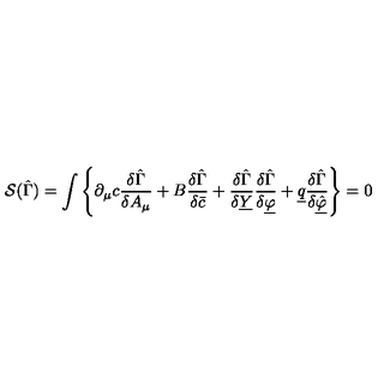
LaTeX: { \cal S } ( \hat { \Gamma } ) = \int \left\{ \partial _ { \mu } c \frac { \delta \hat { \Gamma } } { \delta A _ { \mu } } + B \frac { \delta \hat { \Gamma } } { \delta \bar { c } } + \frac { \delta \hat { \Gamma } } { \delta \underline { { Y } } } \frac { \delta \hat { \Gamma } } { \delta \underline { { \varphi } } } + \underline { { q } } \frac { \delta \hat { \Gamma } } { \delta \underline { { \hat { \varphi } } } } \right\} = 0